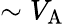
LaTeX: \sim{V_{\mathrm{A}}}